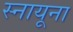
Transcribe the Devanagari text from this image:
स्नायूना